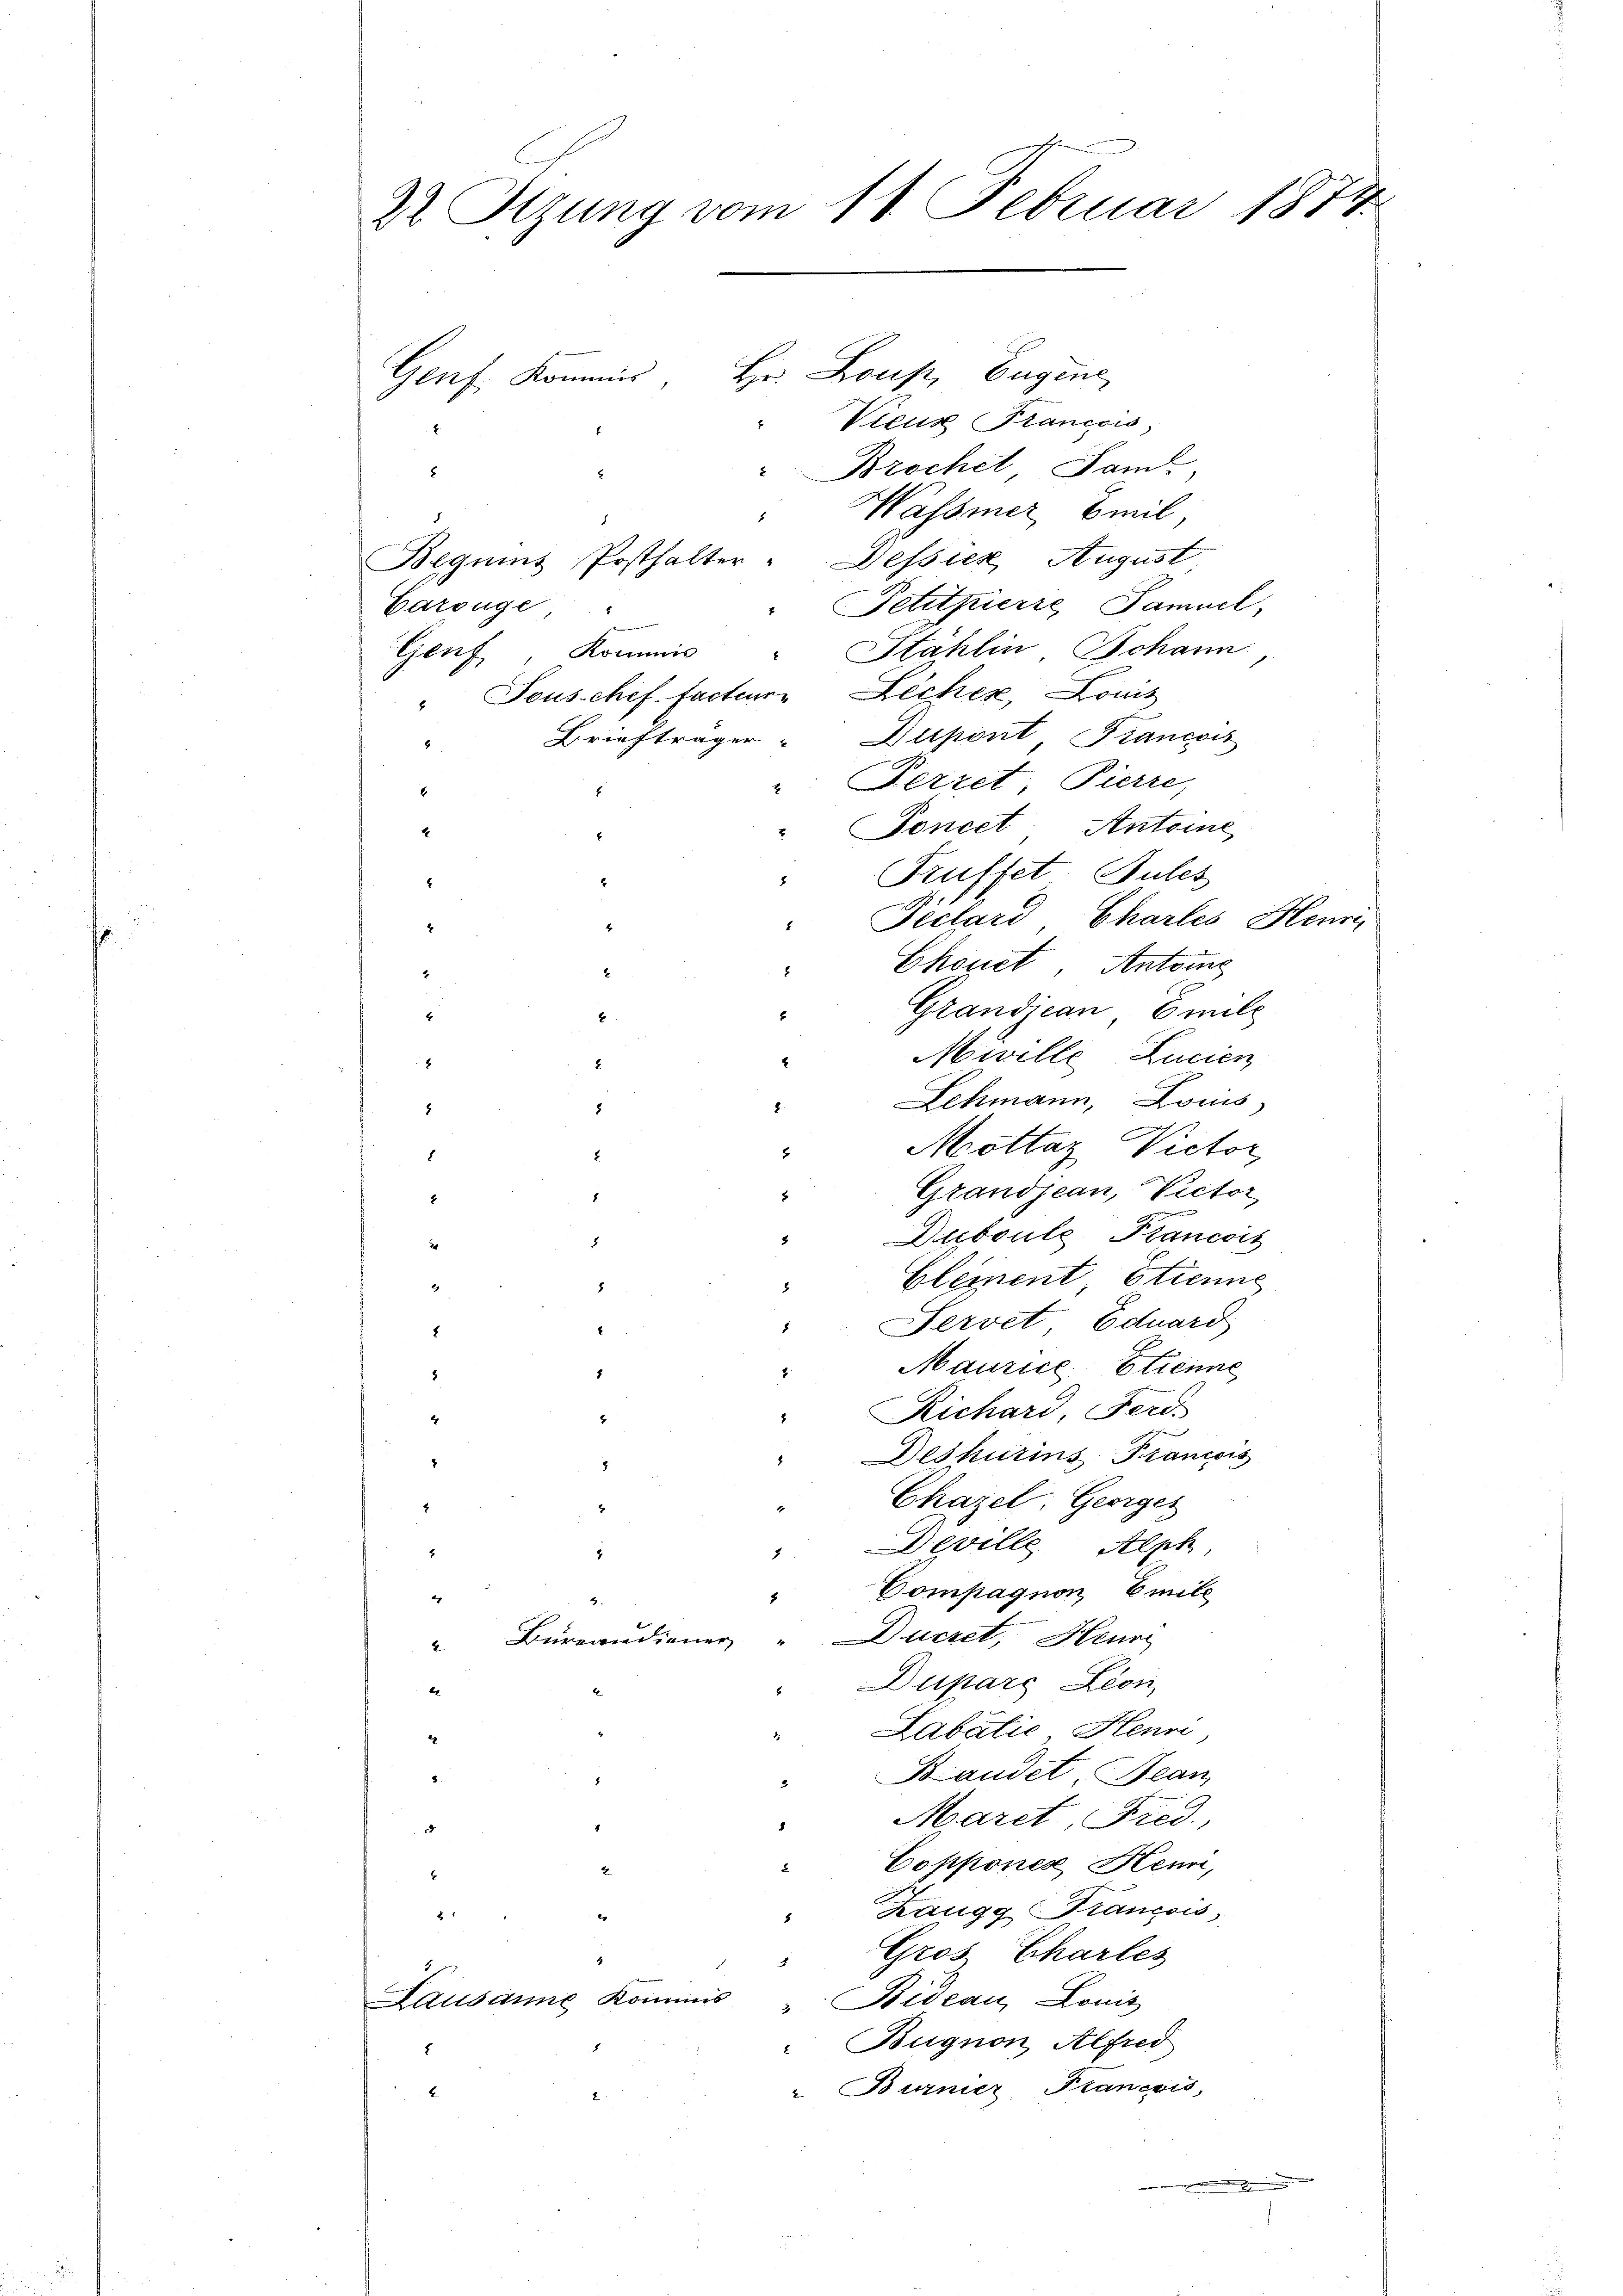
22 Sizung vom 11. Februar 1874.

Hr. Loup, Eugene
Vieux Francois,
Brochet, Sam
8
Wasser Emil,
Beguins Posthalter - Dessier August,
Petitpierre Samuel,
Carouge,
Geif, Kommis " Stählin Johann
" Tous chef factum Lecher, Louis
Briefträger- Dupont Francor
: Perret, Pierre,
"Toncet Antoine
E
Truffet Pules
.
Péclard Chartes Heur
Ekonet Antons
2
Grandican Emili
x
2
Mivelle Lucien
.
2
8
Lehmann, Louis
2.
3
2
Mottaz Victor
2
8
Grandjean, Victor
2
Duboule Krancois
8
Element Etienne
5
8
Fervet Eduard
8
Maurice Etienne
8
Richard, Ferd.
2
Deshurins Francois
Chazel, Georger
Deville Alph
8
Compagnon, Emile
2
Duczet, Heur
 Bureaudiener
Dupars Lion
x
Labatie, Henri
1
2
Bandet, Bean
Maret, Fred.,
x
Copponer Henni,
2
" Zaugg Francois,
 " " " 29
Gros Charles
Lausanne Kommis
Bideau, Louis
Bugnon, Alfred
" Burnier Francis
E

Genf. Kommis